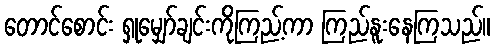
တောင်စောင်း ရှုမျှော်ချင်းကိုကြည့်ကာ ကြည်နူးနေကြသည်။